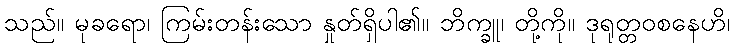
သည်။ မုခရော၊ ကြမ်းတန်းသော နှုတ်ရှိပါ၏။ ဘိက္ခူ၊ တို့ကို။ ဒုရုတ္တဝစနေဟိ၊